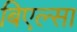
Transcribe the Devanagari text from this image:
बिएल्सा